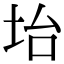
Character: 坮